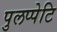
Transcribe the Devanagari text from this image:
पुलप्पेटि